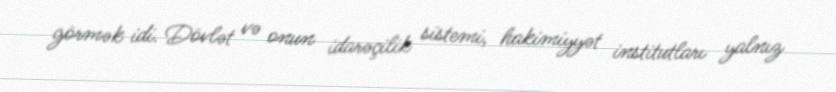
görmək idi. Dövlət və onun idarəçilik sistemi, hakimiyyət institutları yalnız